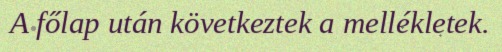
A főlap után következtek a mellékletek.